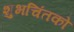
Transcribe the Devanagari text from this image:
शुभचिंतको